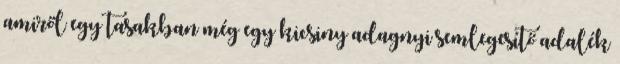
amiről egy tasakban még egy kicsiny adagnyi semlegesítő adalék